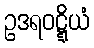
ဥဒရဝဋ္ဋိယံ